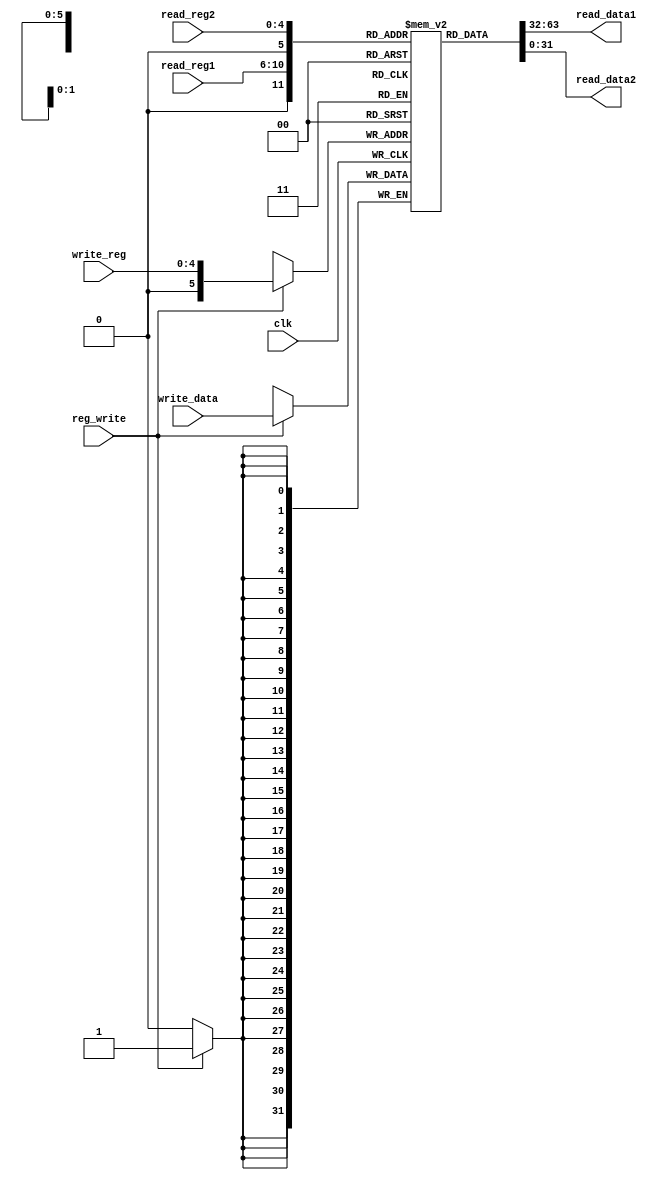
`timescale 1ns / 1ps

module registers(input clk, reg_write,
                 input [4:0] read_reg1, read_reg2, write_reg,
                 input [31:0] write_data,
                 output [31:0] read_data1, read_data2);

reg [31:0] regFile [0:32];
reg [31:0] readData1, readData2; 
integer i;

initial begin
  for (i = 32'd0; i < 32'd32; i = i + 32'd1)
    regFile[i] = i;
end

always@(posedge clk) begin
    if (reg_write)
        regFile[write_reg] = write_data;
end 

always @(read_reg1) begin
   readData1 = regFile[read_reg1];
end

always @(read_reg2) begin
    readData2 = regFile[read_reg2];
end

assign read_data1 = readData1;
assign read_data2 = readData2;

endmodule